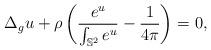
LaTeX: \begin{align*}\Delta_g u + \rho \left(\frac{e^u}{\int_{\mathbb{S}^2}e^u}-\frac{1}{4\pi}\right)=0,\end{align*}